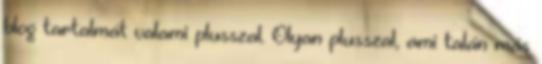
blog tartalmát valami plusszal. Olyan plusszal, ami talán más